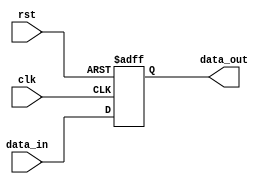
module Register (
   input wire clk,       // Clock input
   input wire rst,       // Reset input
   input wire [7:0] data_in, // Input data
   output reg [7:0] data_out // Output data
);

// Registers to store data
reg [7:0] register_data;

// Synchronous data transfer on rising clock edge
always @(posedge clk or posedge rst)
begin
   if (rst) // Reset condition
      register_data <= 8'b0; // Reset data
   else // Store input data on rising clock edge
      register_data <= data_in;
end

// Output data stored in register
assign data_out = register_data;

endmodule